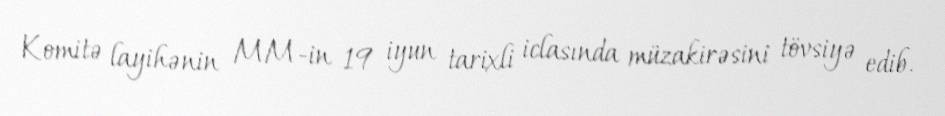
Komitə layihənin MM-in 19 iyun tarixli iclasında müzakirəsini tövsiyə edib.